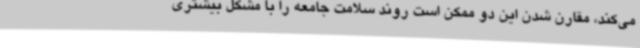
می‌کند، مقارن شدن این دو ممکن است روند سلامت جامعه را با مشکل بیشتری